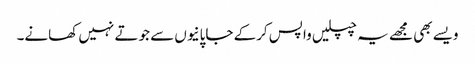
ویسے بھی مجھے یہ چپلیں واپس کرکے جاپانیوں سے جوتے نہیں کھانے۔